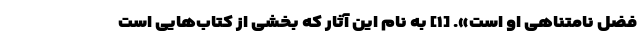
فضل نامتناهی او است». [۱] به نام این آثار که بخشی از کتاب‌هایی است